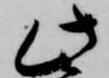
此